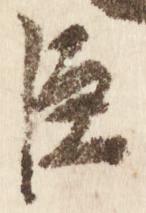
臣